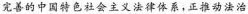
完善的中国特色社会主义法律体系，正推动法治